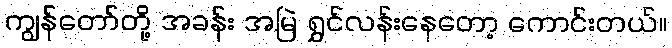
ကျွန်တော်တို့ အခန်း အမြဲ ရွှင်လန်းနေတော့ ကောင်းတယ်။